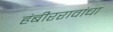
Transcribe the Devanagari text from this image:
हंबीररावांचा